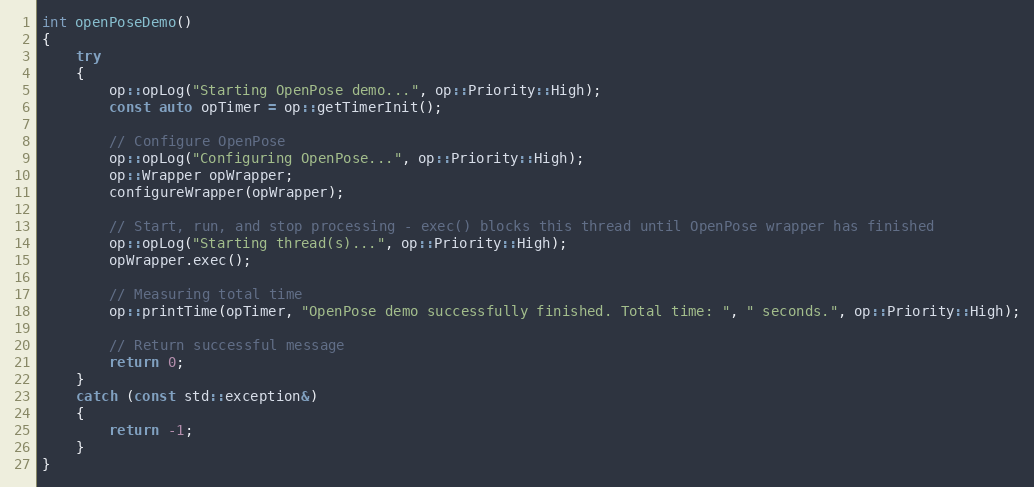
Language: C++
int openPoseDemo()
{
    try
    {
        op::opLog("Starting OpenPose demo...", op::Priority::High);
        const auto opTimer = op::getTimerInit();

        // Configure OpenPose
        op::opLog("Configuring OpenPose...", op::Priority::High);
        op::Wrapper opWrapper;
        configureWrapper(opWrapper);

        // Start, run, and stop processing - exec() blocks this thread until OpenPose wrapper has finished
        op::opLog("Starting thread(s)...", op::Priority::High);
        opWrapper.exec();

        // Measuring total time
        op::printTime(opTimer, "OpenPose demo successfully finished. Total time: ", " seconds.", op::Priority::High);

        // Return successful message
        return 0;
    }
    catch (const std::exception&)
    {
        return -1;
    }
}